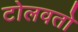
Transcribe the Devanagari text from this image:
टोलवतो